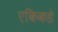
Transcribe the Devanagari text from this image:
एकिकडे